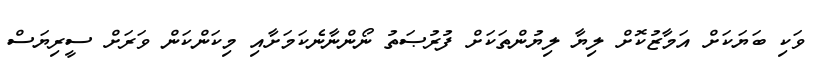
ވަކި ބަޔަކަށް އަމާޒުކޮށް ލިޔާ ލިޔުންތަކަށް ފުރުޞަތު ނޯންނާނެކަމަށާއި މިކަންކަން ވަރަށް ސީރިޔަސް